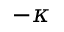
- \kappa